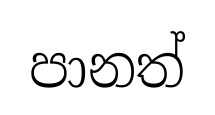
පානත්